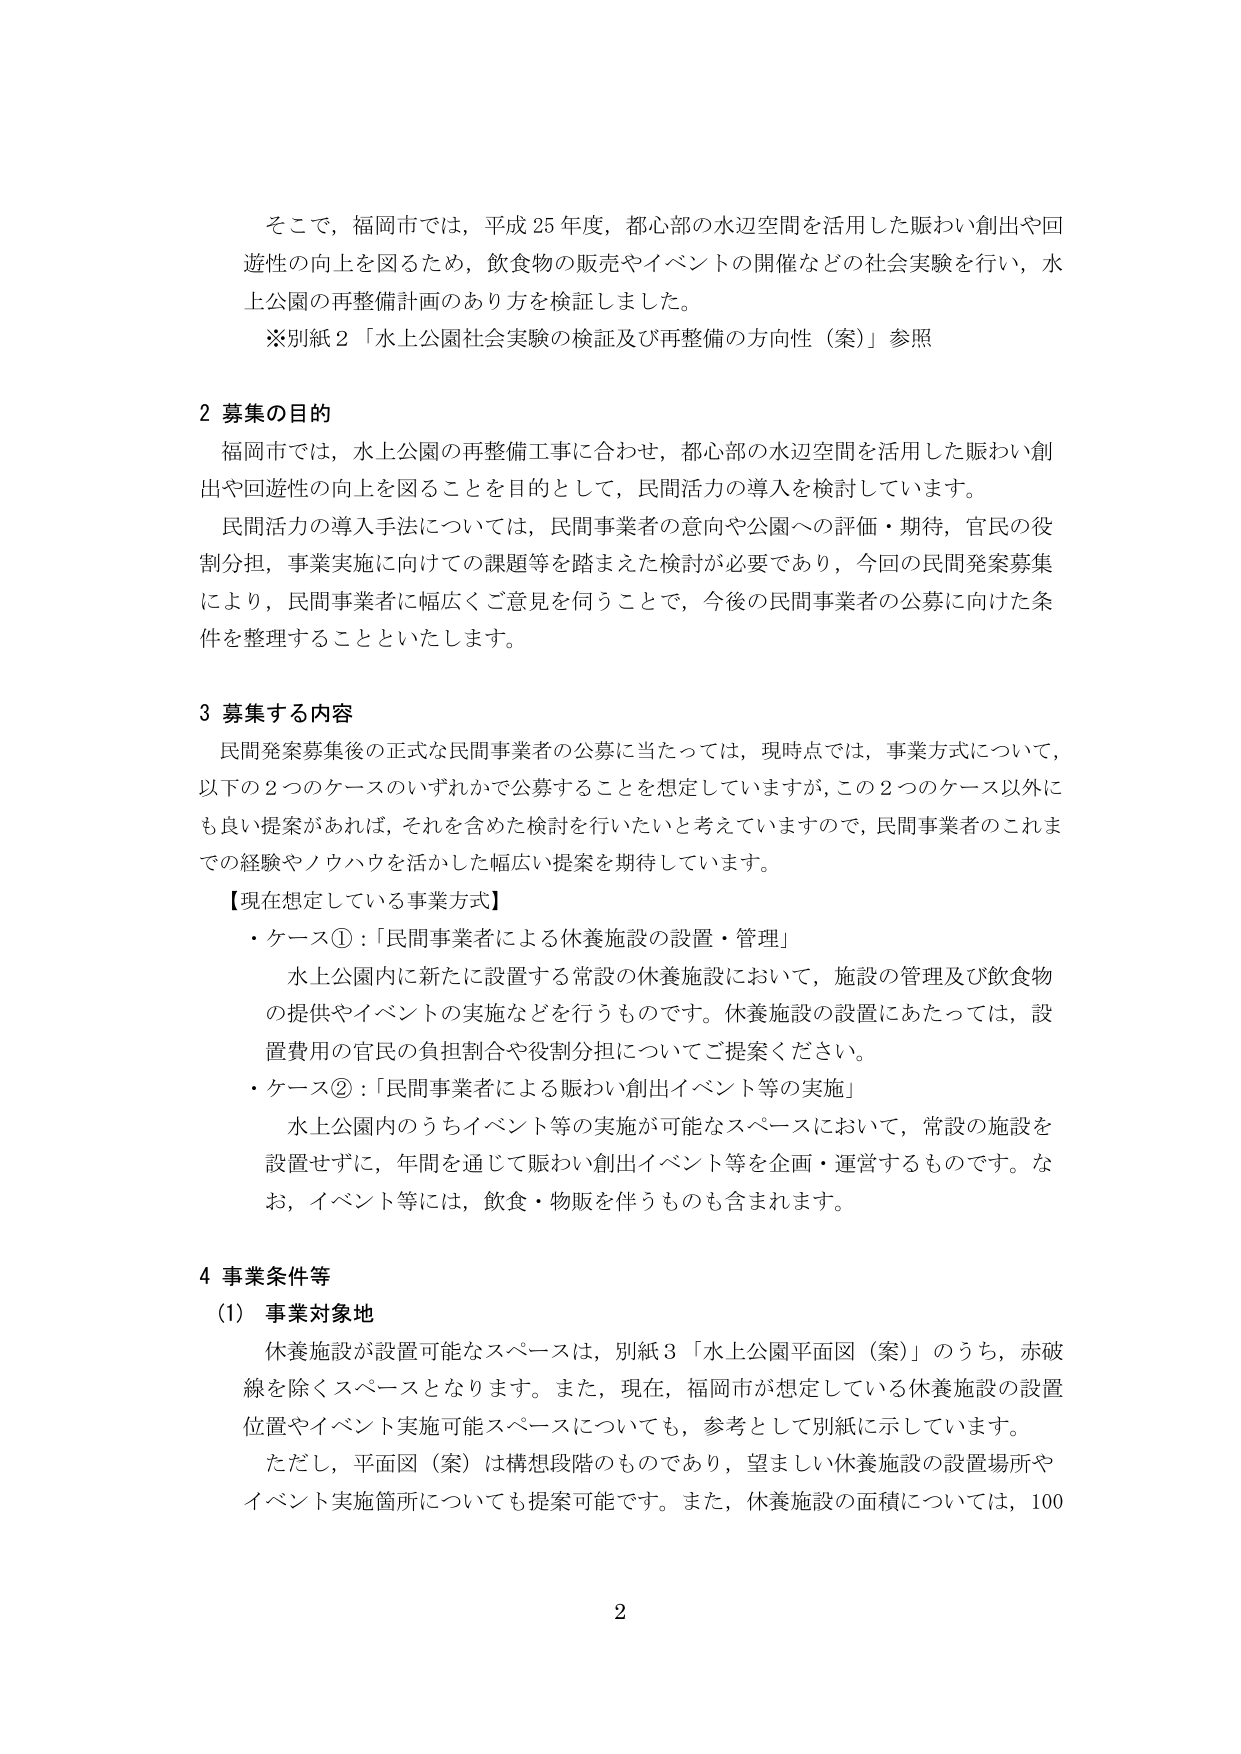
そこで、福岡市では、平成25年度、都心部の水辺空間を活用した賑わい創出や回遊性の向上を図るため、飲食物の販売やイベントの開催などの社会実験を行い、水上公園の再整備計画のあり方を検証しました。
※別紙2「水上公園社会実験の検証及び再整備の方向性（案）」参照

2 募集の目的
福岡市では、水上公園の再整備工事に合わせ、都心部の水辺空間を活用した賑わい創出や回遊性の向上を図ることを目的として、民間活力の導入を検討しています。
民間活力の導入手法については、民間事業者の意向や公園への評価・期待、官民の役割分担、事業実施に向けての課題等を踏まえた検討が必要であり、今回の民間発案募集により、民間事業者に幅広くご意見を伺うことで、今後の民間事業者の公募に向けた条件を整理することといたします。

3 募集する内容
民間発案募集後の正式な民間事業者の公募に当たっては、現時点では、事業方式について、以下の2つのケースのいずれかで公募することを想定していますが、この2つのケース以外にも良い提案があれば、それを含めた検討を行いたいと考えていますので、民間事業者のこれまでの経験やノウハウを活かした幅広い提案を期待しています。
【現在想定している事業方式】
・ケース①：「民間事業者による休養施設の設置・管理」
水上公園内に新たに設置する常設の休養施設において、施設の管理及び飲食物の提供やイベントの実施などを行うものです。休養施設の設置にあたっては、設置費用の官民の負担割合や役割分担についてご提案ください。
・ケース②：「民間事業者による賑わい創出イベント等の実施」
水上公園内のうちイベント等の実施が可能なスペースにおいて、常設の施設を設置せずに、年間を通じて賑わい創出イベント等を企画・運営するものです。なお、イベント等には、飲食・物販を伴うものも含まれます。

4 事業条件等
(1) 事業対象地
休養施設が設置可能なスペースは、別紙3「水上公園平面図（案）」のうち、赤破線を除くスペースとなります。また、現在、福岡市が想定している休養施設の設置位置やイベント実施可能スペースについても、参考として別紙に示しています。
ただし、平面図（案）は構想段階のものであり、望ましい休養施設の設置場所やイベント実施箇所についても提案可能です。また、休養施設の面積については、100

2